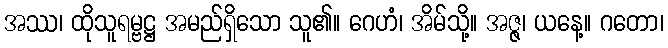
အဿ၊ ထိုသူရမ္ဗဋ္ဌ အမည်ရှိသော သူ၏။ ဂေဟံ၊ အိမ်သို့။ အဇ္ဇ၊ ယနေ့။ ဂတော၊